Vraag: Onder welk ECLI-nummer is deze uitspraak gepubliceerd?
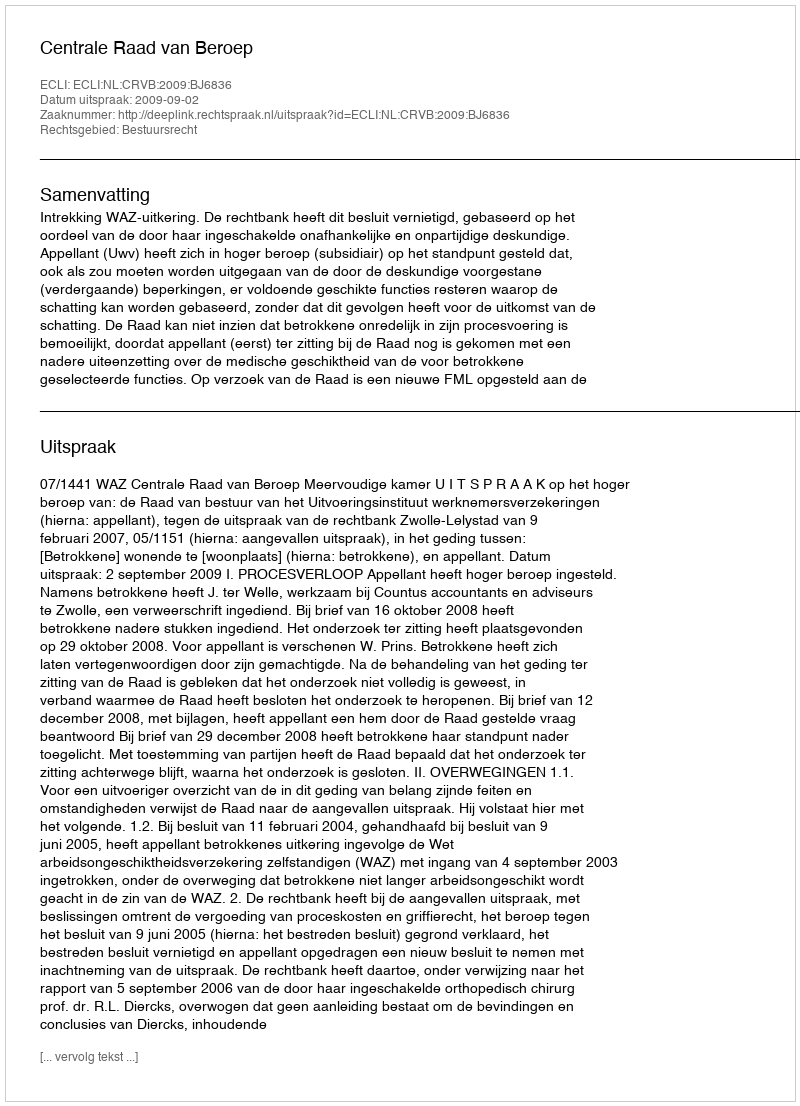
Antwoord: ECLI:NL:CRVB:2009:BJ6836